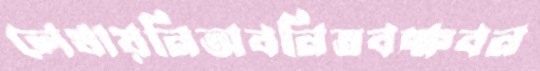
লেখায়নিঅবনিতবক্ষবন